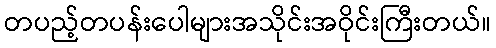
တပည့်တပန်းပေါများအသိုင်းအဝိုင်းကြီးတယ်။